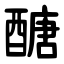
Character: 醣